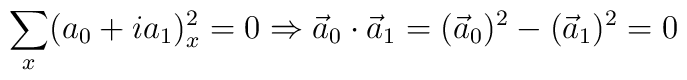
\sum_x (a_0+i a_1)^2_x=0\Rightarrow \vec a_0 \cdot \vec a_1= (\vec a_0)^2-(\vec a_1)^2=0